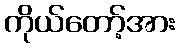
ကိုယ်တော့်အား